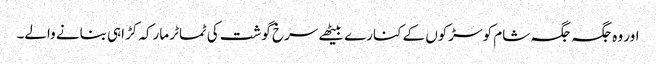
اور وہ جگہ جگہ شام کو سڑکوں کے کنارے بیٹھے سرخ گوشت کی ٹماٹر مارکہ کڑاہی بنانے والے۔